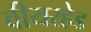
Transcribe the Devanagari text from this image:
वीयरहेड